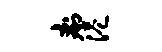
痢港